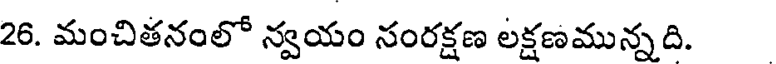
26. మంచితనంలో న్వయం సంరక్షణ లక్షణమున్నది.